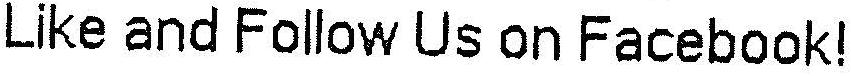
LIKE AND FOLLOW US ON FACEBOOK!